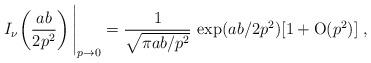
LaTeX: \begin{align*}I_\nu \!\left( \frac{ab}{2p^2} \right)\Bigg|_{p \rightarrow 0} =\frac{1}{\sqrt{\pi ab/p^2}} \, \exp(ab/2p^2) [1 + \mathrm{O}(p^2)]\;,\end{align*}